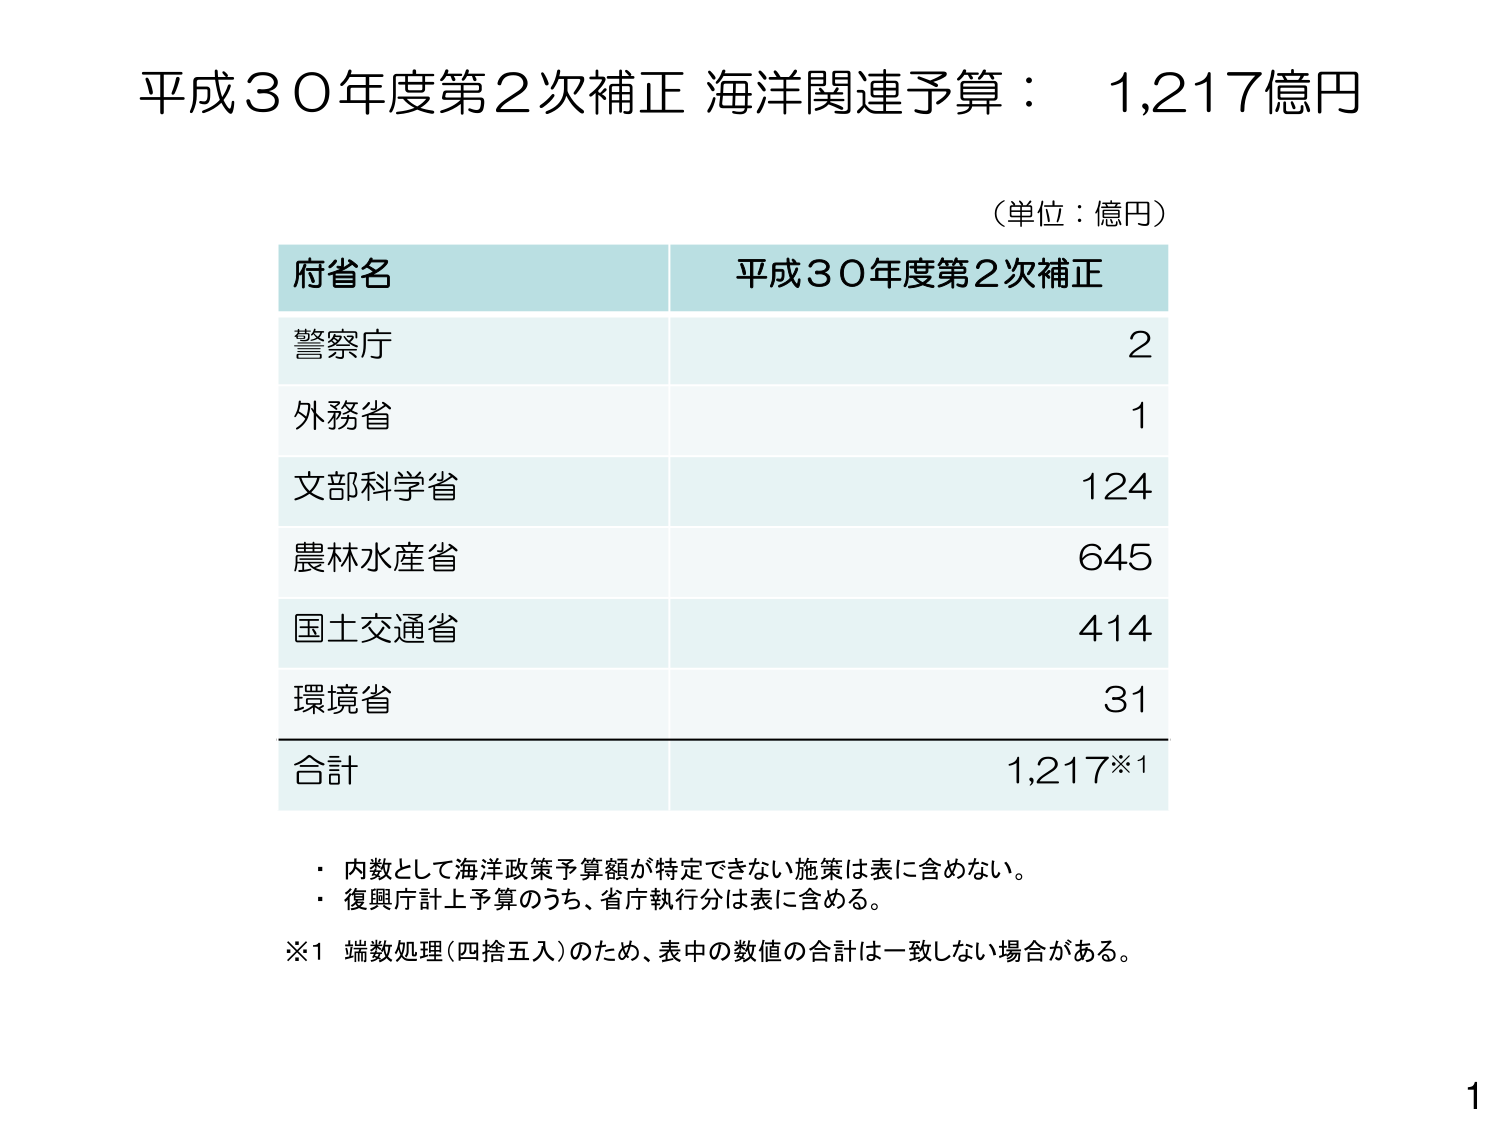
平成30年度第2次補正 海洋関連予算： 1,217億円

（単位：億円）

府省名 平成30年度第2次補正
警察庁 2
外務省 1
文部科学省 124
農林水産省 645
国土交通省 414
環境省 31
合計 1,217※1

・内数として海洋政策予算額が特定できない施策は表に含めない。
・復興庁計上予算のうち、省庁執行分は表に含める。
※1 端数処理（四捨五入）のため、表中の数値の合計は一致しない場合がある。

1